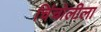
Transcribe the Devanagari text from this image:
चिंचोलीला